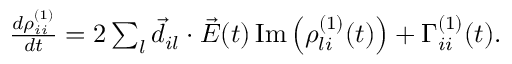
\begin{array} { r } { \frac { d \rho _ { i i } ^ { ( 1 ) } } { d t } = 2 \sum _ { l } \vec { d } _ { i l } \cdot \vec { E } ( t ) \, \mathrm { I m } \left( \rho _ { l i } ^ { ( 1 ) } ( t ) \right) + \Gamma _ { i i } ^ { ( 1 ) } ( t ) . } \end{array}